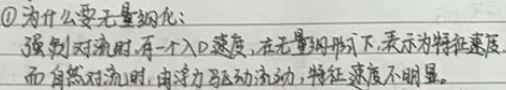
\textcircled{1}为什么要无量纲化：强制对流时，有一个入口速度，在无量纲形式下，表示为特征速度。而自然对流时，由浮力驱动流动，特征速度不明显。